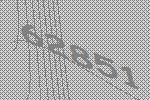
62851